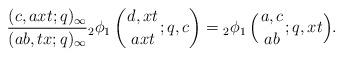
LaTeX: \begin{align*} \frac{(c, axt; q)_\infty}{(ab, tx; q)_\infty}{_2\phi_1 \left({{d, xt}\atop{axt}}; q, c \right)}={_2\phi_1 \left({{a, c}\atop{ab}}; q, xt \right)}. \end{align*}